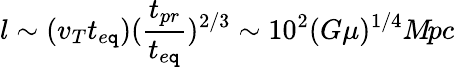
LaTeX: l\sim(v_{T}t_{e\mathtt{q}})(\frac{{t_{pr}}}{{t_{e\mathtt{q}}}})^{2/3}\sim10^{2}(G\mu)^{1/4}M\! pc